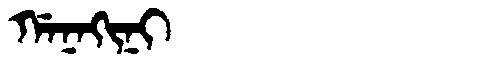
Manchu: ᡤᠠᠨᠠᡴᡳᠨᡳ
Romanization: GANAKINI